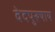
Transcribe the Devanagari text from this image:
वेदपुरुषाय